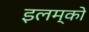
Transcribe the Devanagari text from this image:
इलम्को